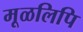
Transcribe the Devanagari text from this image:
मूळलिपि